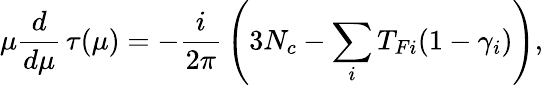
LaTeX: \mu{\frac{d}{d\mu}}\, \tau(\mu)=-{\frac{i}{2\pi}}\left(3N_{c}-\sum_{i}T_{Fi}(1-\gamma_{i})\right),